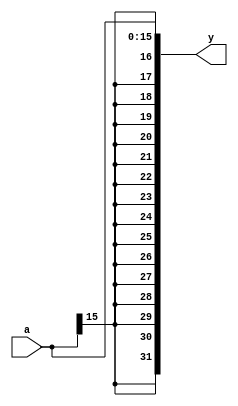
module signExt (
  input [15:0] a,
  output wire [31:0] y
);

assign y = {{16{a[15]}},a};

endmodule